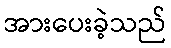
အားပေးခဲ့သည်